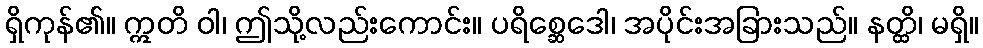
ရှိကုန်၏။ ဣတိ ဝါ၊ ဤသို့လည်းကောင်း။ ပရိစ္ဆေဒေါ၊ အပိုင်းအခြားသည်။ နတ္ထိ၊ မရှိ။